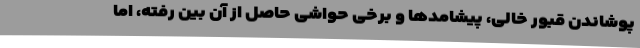
پوشاندن قبورِ خالی، پیشامدها و برخی حواشی حاصل از آن بین رفته، اما